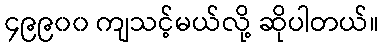
၄၉၉၀၀ ကျသင့်မယ်လို့ ဆိုပါတယ်။